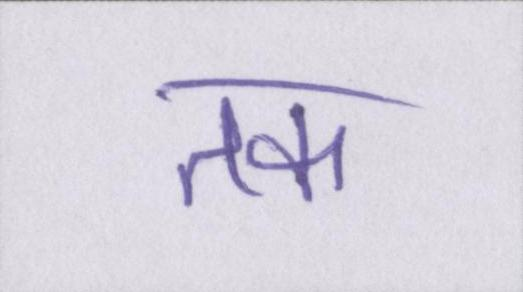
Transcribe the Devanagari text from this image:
तक